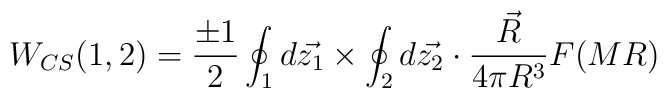
W_{CS}(1,2)=\frac{\pm 1}{2}\oint_1 d\vec{z_1}\times\oint_2 d\vec{z_2} \cdot \frac{\vec{R}}{4\pi R^3} F(MR)